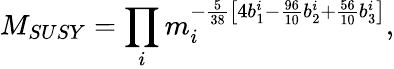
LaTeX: M_{SUSY}=\prod_{i}m_{i}^{-\frac{5}{38}\left[4b_{1}^{i}-\frac{96}{10}b_{2}^{i}+\frac{56}{10}b_{3}^{i}\right]},